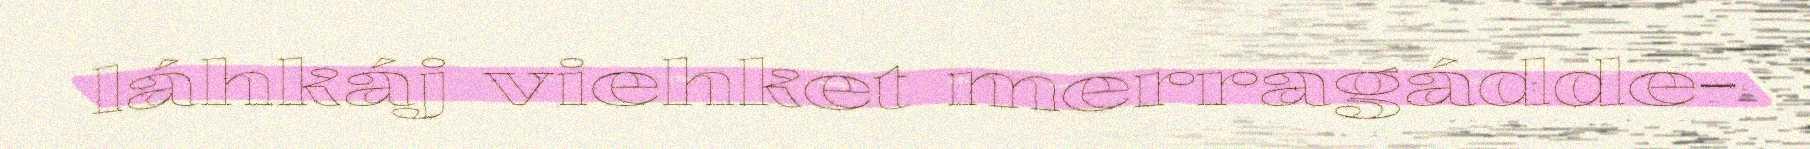
láhkáj viehket merragádde-